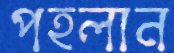
পহলান